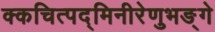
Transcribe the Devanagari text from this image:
क्कचित्पद्मिनीरेणुभङ्गे